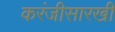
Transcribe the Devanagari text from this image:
करंजीसारखी